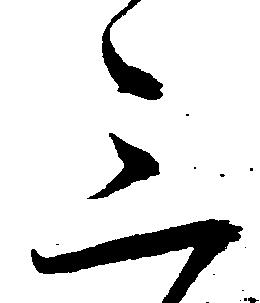
三